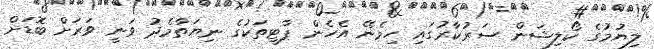
ލިޔުމުގެ ކޯލިޝަން ސަރުކާރުގައި ހިމެނޭ އެހެން ޕާޓީތަކުގެ ނިޔަތާމެދު ވަނީ ވަރަށް ބޮޑަށް